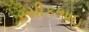
રસીકભાઇ